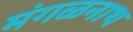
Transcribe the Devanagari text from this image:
मंगळनाथ